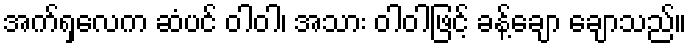
အက်ရှလေက ဆံပင် ဝါဝါ၊ အသား ဝါဝါဖြင့် ခန့်ချော ချောသည်။